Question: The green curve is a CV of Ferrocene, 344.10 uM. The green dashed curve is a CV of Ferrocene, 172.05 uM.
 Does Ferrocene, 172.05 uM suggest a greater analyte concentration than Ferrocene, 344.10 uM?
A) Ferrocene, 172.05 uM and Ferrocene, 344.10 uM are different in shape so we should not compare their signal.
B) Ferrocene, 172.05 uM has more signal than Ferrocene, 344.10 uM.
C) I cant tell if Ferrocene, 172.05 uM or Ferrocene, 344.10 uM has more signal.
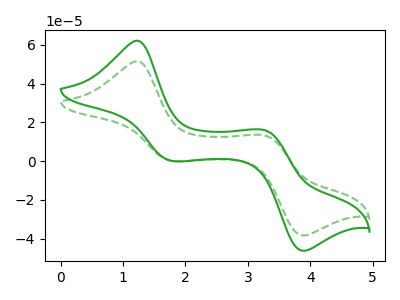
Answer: <think>The green curve "Ferrocene, 344.10 uM" has anodic peaks at (1.20V, 62.25uA) (3.25V, 15.95uA) and cathodic peaks at (1.80V, 0.10uA) (3.90V, -46.30uA). The green dashed curve "Ferrocene, 172.05 uM" has anodic peaks at (1.20V, 51.60uA) (3.25V, 13.25uA) and cathodic peaks at (1.80V, 0.10uA) (3.90V, -38.40uA).
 All the peaks in "Ferrocene, 172.05 uM" have a peak in "Ferrocene, 344.10 uM" at the same potential.</think>
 <answer>C) I cant tell if "Ferrocene, 172.05 uM" or "Ferrocene, 344.10 uM" has more signal.</answer>
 <eval>C</eval>